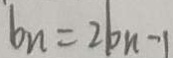
b _ { n } = 2 b n - 1